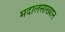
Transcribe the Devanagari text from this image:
मदालसाख्यान